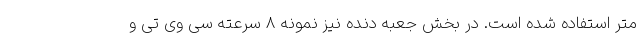
متر استفاده شده است. در بخش جعبه دنده نیز نمونه 8 سرعته سی وی تی و